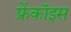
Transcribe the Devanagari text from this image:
फ्रेंकॉइस